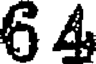
6 4